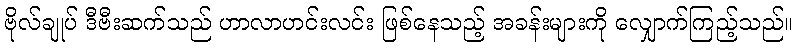
ဗိုလ်ချုပ် ဒီဗီးဆက်သည် ဟာလာဟင်းလင်း ဖြစ်နေသည့် အခန်းများကို လျှောက်ကြည့်သည်။